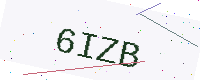
Text: 6IZB